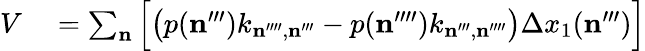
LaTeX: \begin{array}{rl}{V}&{{}=\sum_{\mathbf{n}}\Big[\big(p(\mathbf{n}^{\prime\prime\prime})k_{\mathbf{n}^{\prime\prime\prime\prime},\mathbf{n}^{\prime\prime\prime}}-p(\mathbf{n}^{\prime\prime\prime\prime})k_{\mathbf{n}^{\prime\prime\prime},\mathbf{n}^{\prime\prime\prime\prime}}\big)\Delta x_{1}(\mathbf{n}^{\prime\prime\prime})\Big]}\end{array}